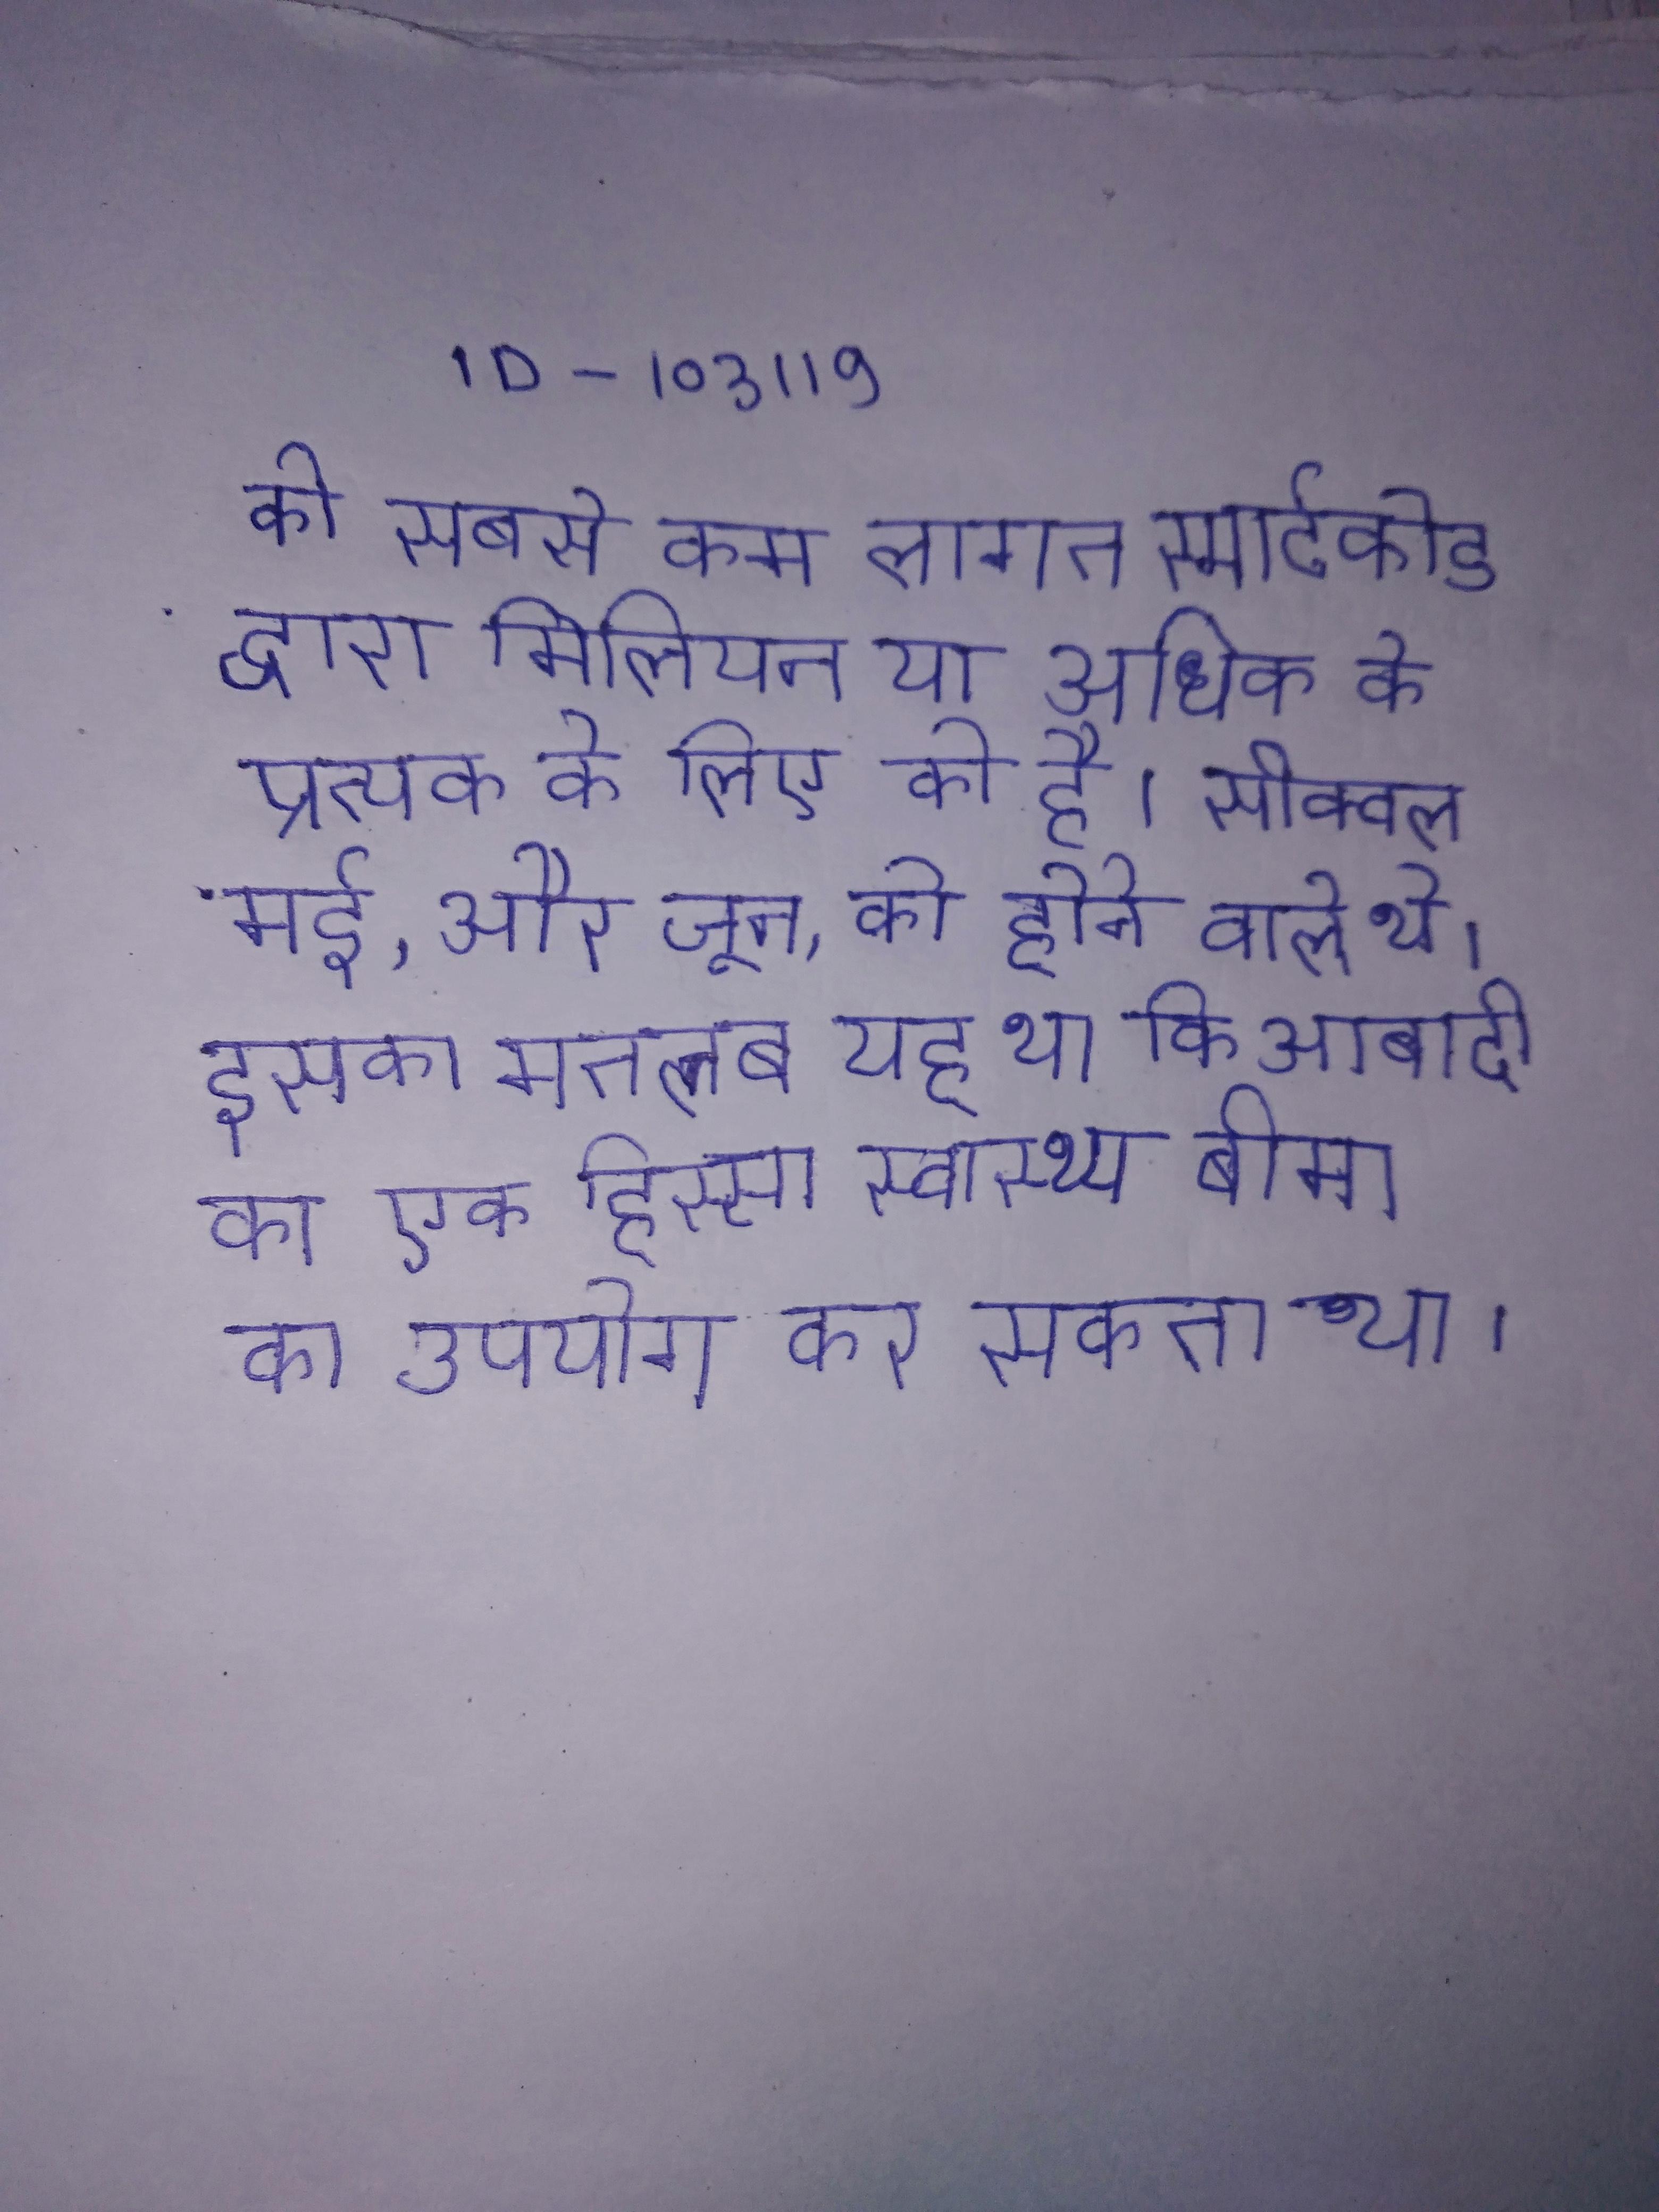
की सबसे कम लागत स्मार्टकोड द्वारा मिलियन या अधिक के प्रत्येक के लिए की है । सीक्वल मई, और जून, को होने वाले थे । इसका मतलब यह था कि आबादी का एक हिस्सा स्वास्थ्य बीमा का उपयोग कर सकता था ।